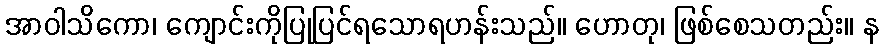
အာဝါသိကော၊ ကျောင်းကိုပြုပြင်ရသောရဟန်းသည်။ ဟောတု၊ ဖြစ်စေသတည်း။ န